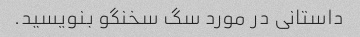
داستانی در مورد سگ سخنگو بنویسید.